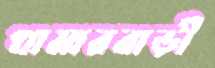
খামারবাড়ী